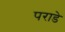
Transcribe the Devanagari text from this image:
पराडे